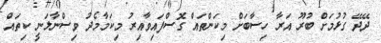
ދޭދޭ ގުޅުމަށް ބުރޫ އަރާ ހިސާބަށް މިކަންތައް ގޮސްފައިވާއިރު މިކަމާމެދު ވިސްނާލަނީ ކިތައް